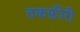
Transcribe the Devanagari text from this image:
तकफ़ीरी